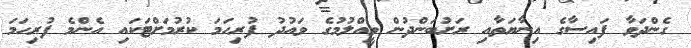
ގެންދަވާ ފައިސާގެ އިނާޔަތާއި ރަށުބަންދުން ވީއްލުމުގެ ވައުދު ފުރިހަމަ ކުރުމަށްޓަކައި އެންމެ ފުރިހަމަ